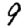
Digit: 9